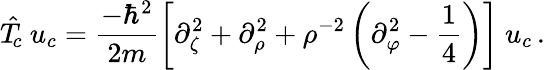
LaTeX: \hat{T}_{\! c}~u_{c}=\frac{-\hbar^{2}}{2m}\left[\partial_{\zeta}^{2}+\partial_{\rho}^{2}+\rho^{-2}\left(\partial_{\varphi}^{2}-\frac 14\right)\right]~u_{c}\, .